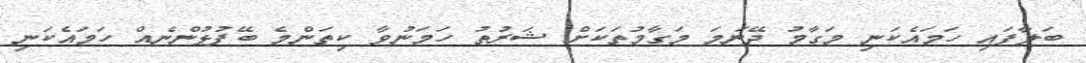
ބަލާފައި ހަމައެކަނި މަގާމު ދޭނަމަ މަގާމުތަކަށް ޝަރުތު ހަމަނުވާ ކިތަންމެ ބޭފުޅުންނެއް ހަމައެކަނި